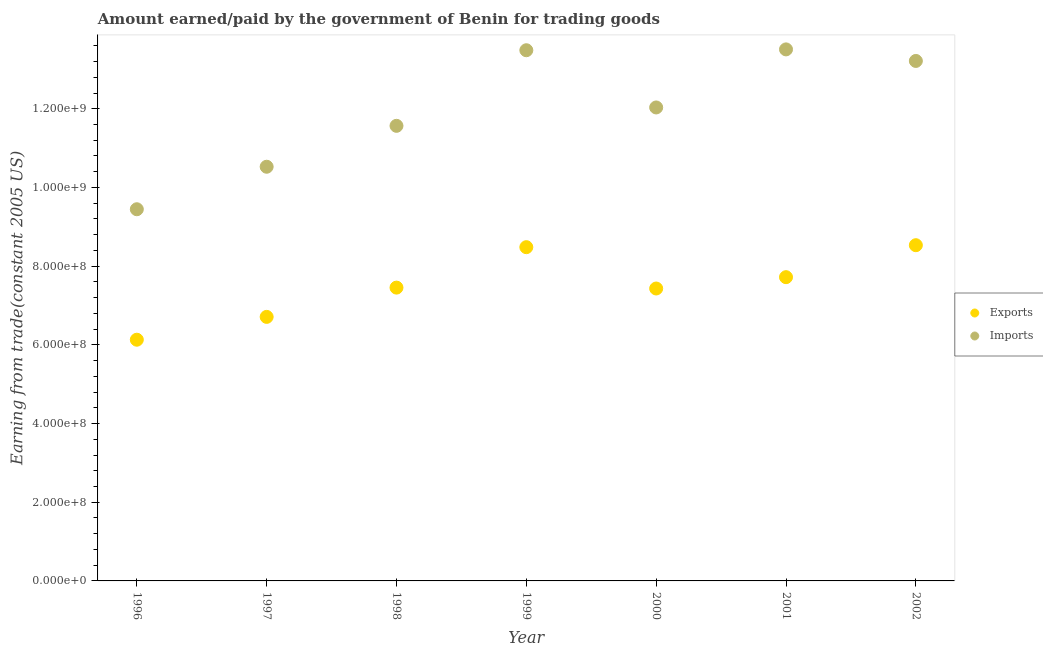
| Year | Exports | Imports |
 | --- | --- | --- |
 | 1996 | 6.13e+08 | 9.45e+08 |
 | 1997 | 6.71e+08 | 1.05e+09 |
 | 1998 | 7.45e+08 | 1.16e+09 |
 | 1999 | 8.48e+08 | 1.35e+09 |
 | 2000 | 7.43e+08 | 1.2e+09 |
 | 2001 | 7.72e+08 | 1.35e+09 |
 | 2002 | 8.53e+08 | 1.32e+09 |